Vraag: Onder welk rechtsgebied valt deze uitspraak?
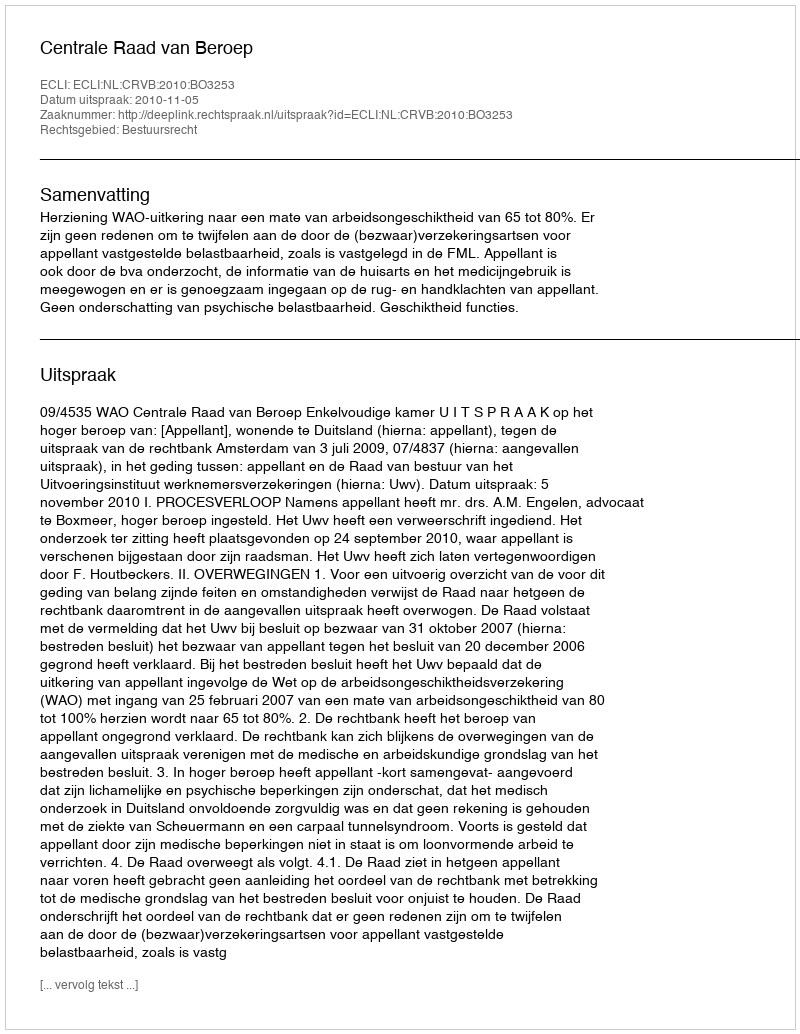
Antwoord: Bestuursrecht